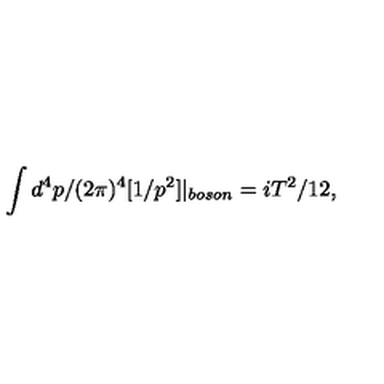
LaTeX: \int d ^ { 4 } p / ( 2 \pi ) ^ { 4 } [ 1 / p ^ { 2 } ] | _ { b o s o n } = i T ^ { 2 } / 1 2 ,